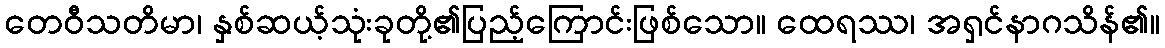
တေဝီသတိမာ၊ နှစ်ဆယ့်သုံးခုတို့၏ပြည့်ကြောင်းဖြစ်သော။ ထေရဿ၊ အရှင်နာဂသိန်၏။